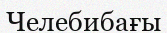
Челебибағы